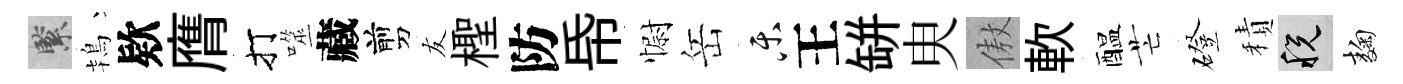
緊鴇欵膺打噬藏剪友檉防帋𢠢岳乐王缾㬰傲軟醖芒磴積税麹